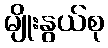
မျိုးနွယ်စု